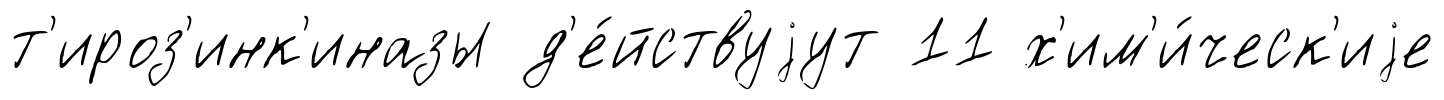
т'ироз'инк'иназы д'е́йствуjут 11 х'им'и́ческ'иjе